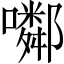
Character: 𡂰